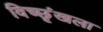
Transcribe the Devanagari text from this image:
विच्छृंखला